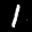
Label: 1